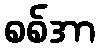
စစ်အာ